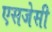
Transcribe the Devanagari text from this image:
एसजेसी